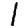
Digit: 1